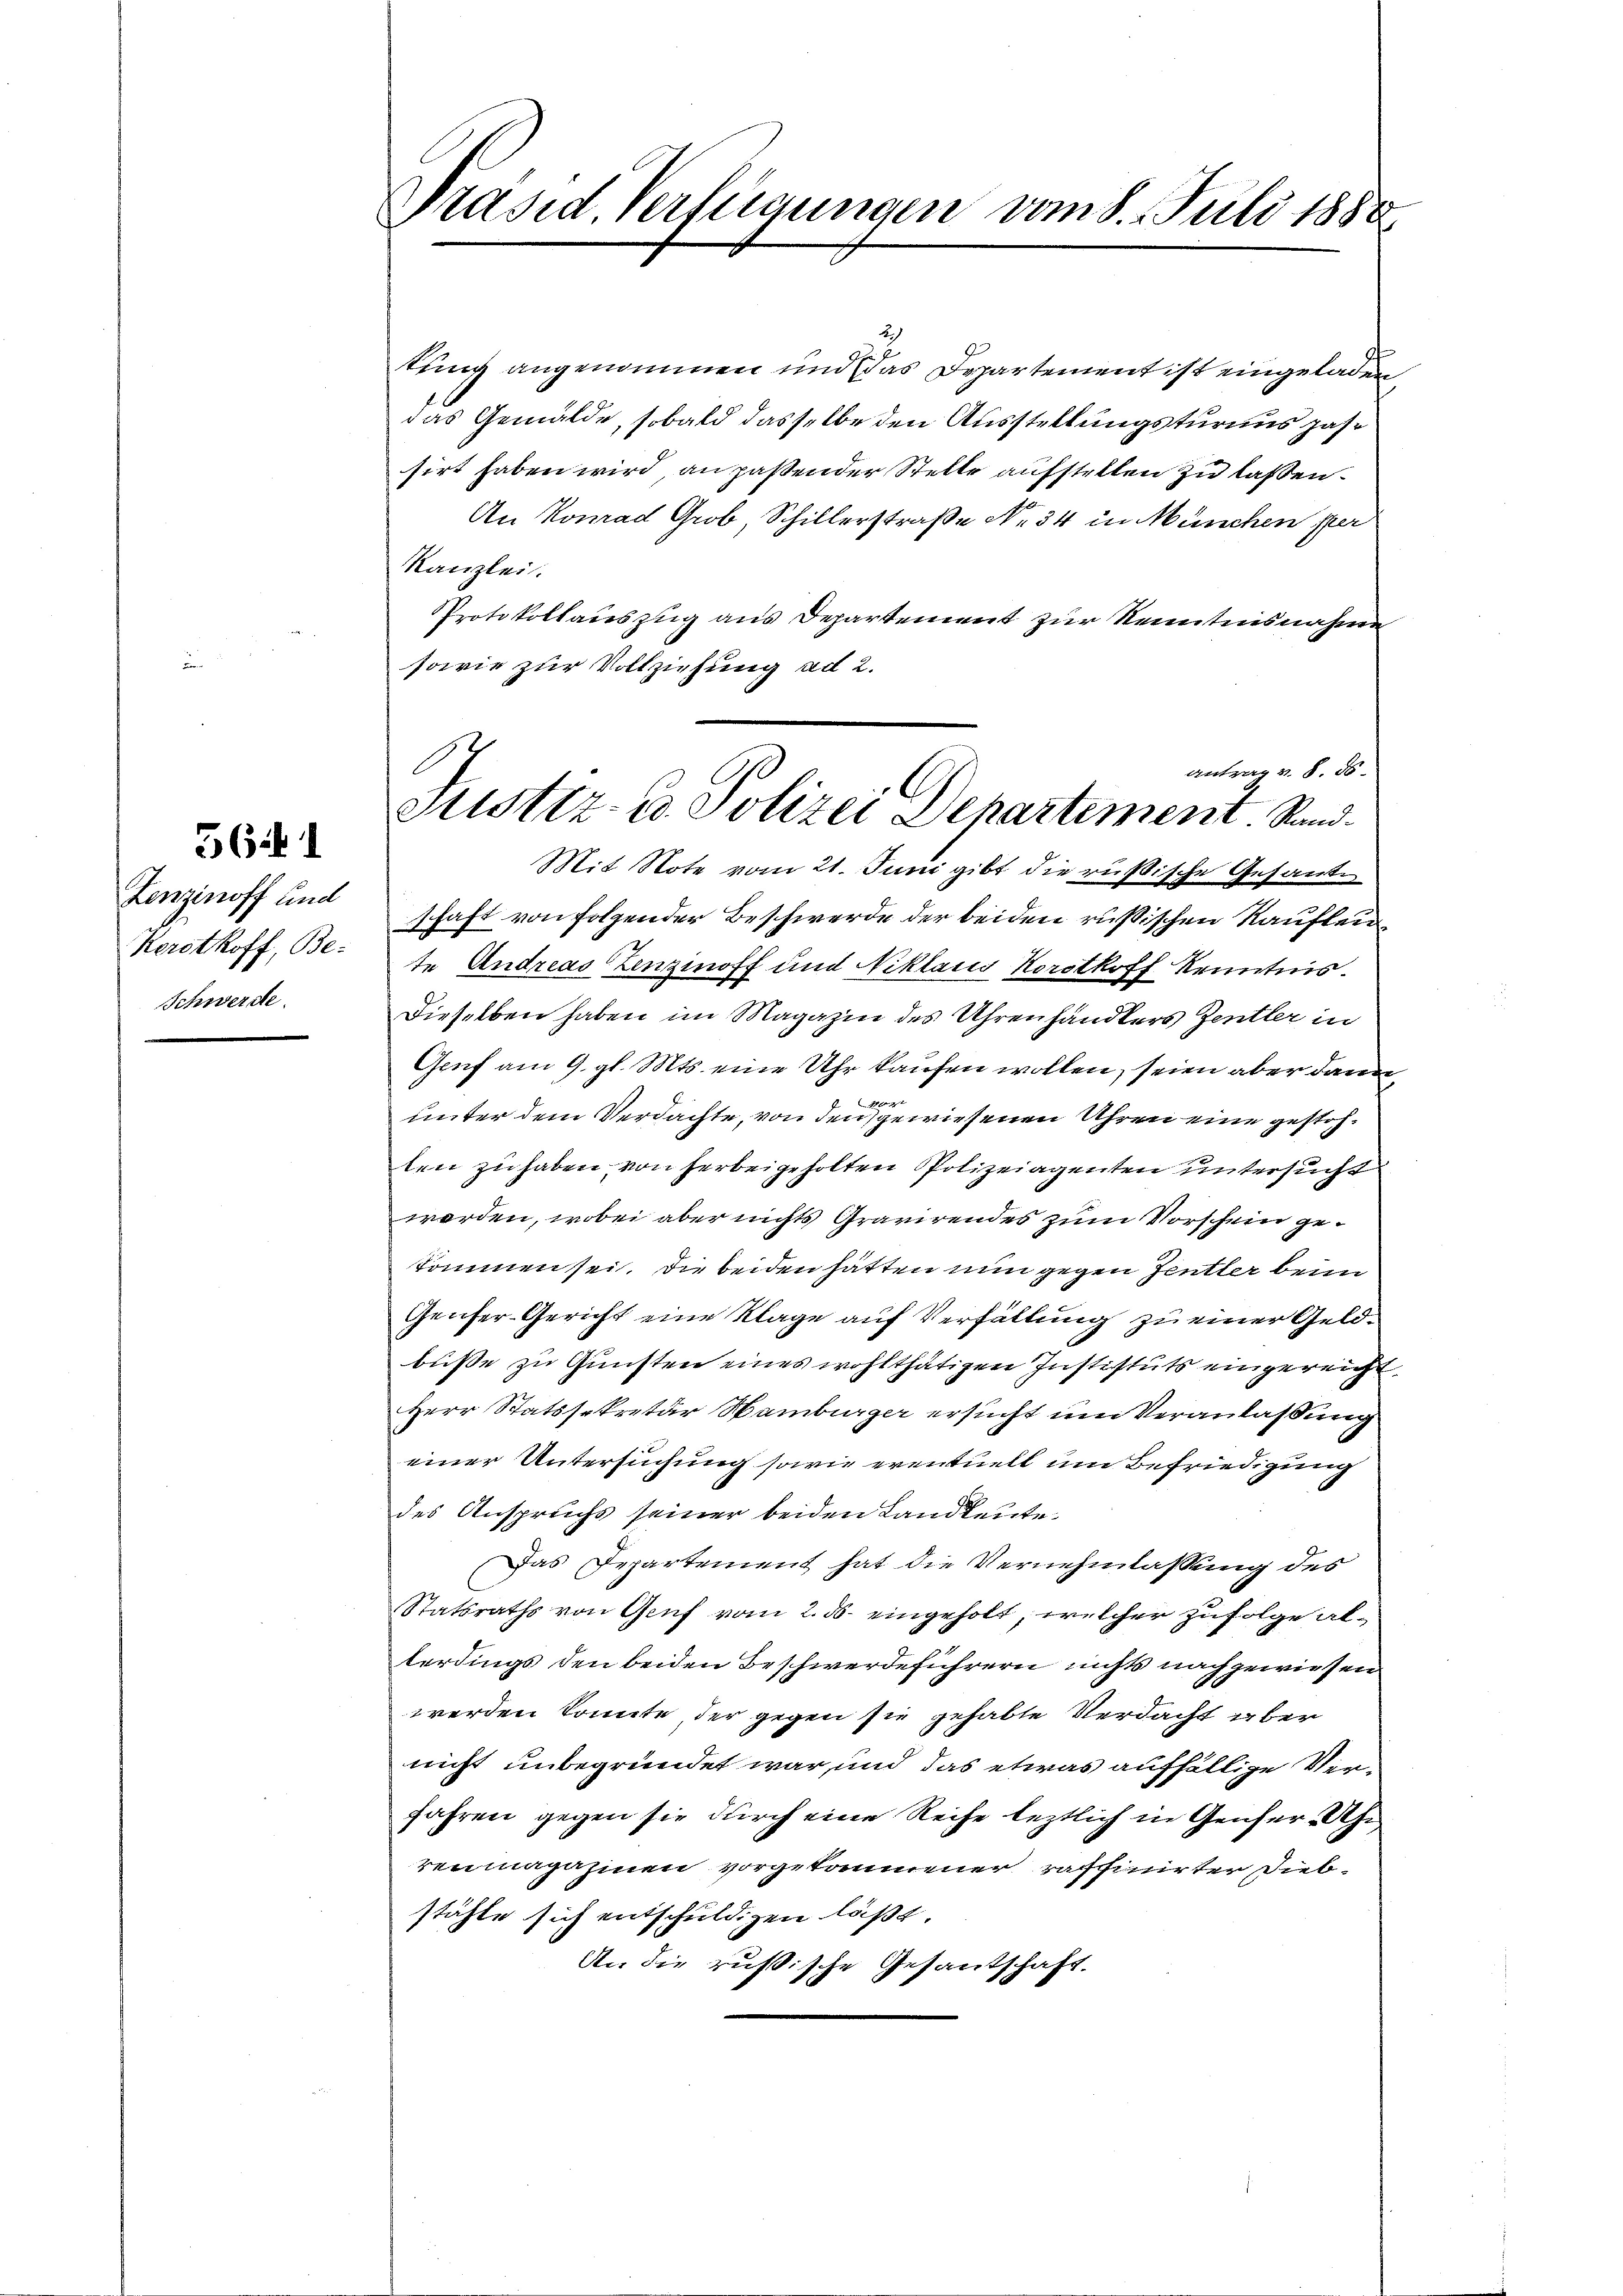
564.

Zenzinoff und
Kersthoff, Be-
Schwerde

Präsid Verfügungen vom 8. Juli 1888

2
tung angenommen und das Departement ist eingeladen
das Gemälde, sobald dasselbe den Ausstellungsturaus zahsirt haben wird, an paßender Stelle aufstellen zu laßen.
An Konrad Grob Schillerstraße No 34 in München ster
Kanzlei.
Protokollauszug aus Departement zur Kenntnisnahme
sowie zur Vollziehung ad 2.
Mit Note vom 21. Juni gibt die rußische Gesande
schaft von folgender Beschwerde der beiden russischen Kaufleute Andreas Zenzinoff und Niklaus Korothoff Kenntnis.
Dieselben haben im Magazin des Uhrenhändlers Zentler in
Genf am 9. gl. Mts. eine Uhr kaufen wollen, seien aber dann
0x
unter dem Verdachte, von den gewiesenen Uhren eine gestohlen zu haben von herbeigeholten Polizeiagenten untersucht
werden, wobei aber nichts Gravirendes zum Vorschein gekommen sei. Die beiden hätten nun gegen Jentler beim
Genfer-Gericht eine Klage auf Verfällung zu einer Geldbuße zu Gunsten eines wohlthätigen Instituts eingereicht
Herr Statssekretär Hamburger ersucht um Veranlassung
einer Untersuchung sowie eventuell um Befriedigung
des Anspruchs seiner beiden Landleute.
Das Departement hat die Vernehmlassung des
Statsraths von Genf vom 2. ds. eingeholt, welcher zufolge alterdings den beiden Beschwerdeführern nichts nachgewiesen
 werden könnte, der gegen sie gehabte Verdacht aber
nicht unbegründet war und das etwas auffällige Ver¬
Jahren gegen sie durch eine Reihe leztlich in Genfer Uhr
renmagahinen vorgetaumner raffinirter Diebstähle sich entschuldigen läßt.
An die russische Gesandschaft.

antrag v. 8. 85.
Justiz- u. Polizei Departement. Stand